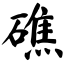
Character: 礁